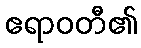
ဧရာဝတီ၏